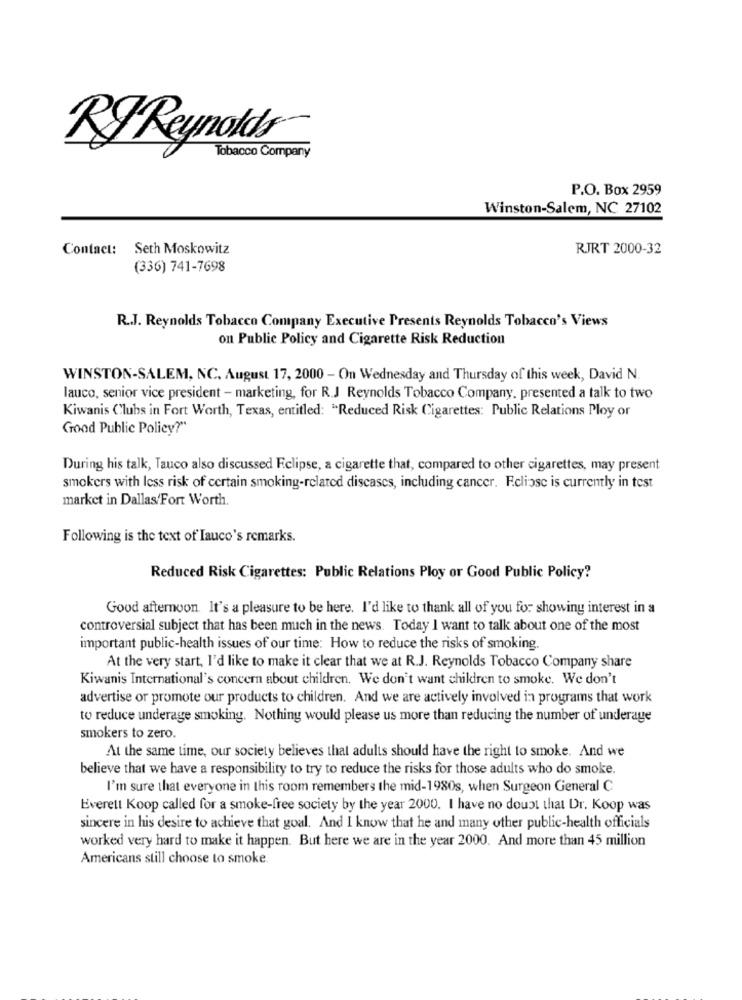
RJReynolds
Tobacco Company
P.O. Box 2959
Winston-Salem, NC 27102
Contact: Seth Moskowitz
RJRT 2000-32
(336) 741-7698
R.J. Reynolds Tobacco Company Executive Presents Reynolds Tobacco's Views
on Public Policy and Cigarette Risk Reduction
WINSTON-SALEM, NC. August 17, 2000 - On Wednesday and Thursday of this week, David N.
lauco, senior vice president - marketing, for R.J Reynolds Tobacco Company, presented a talk to two
Kiwanis Clubs in Fort Worth, Texas, entitled: "Reduced Risk Cigarettes: Public Relations Ploy or
Good Public Policy?"
During his talk, Tauco also discussed Eclipse, a cigarette that, compared to other cigarettes, may present
smokers with less risk of certain smoking-related diseases, including cancer. F.cliose is currently in test
market in Dallas/Fort Worth.
Following is the text of Iauco's remarks.
Reduced Risk Cigarettes: Public Relations Ploy or Good Public Policy?
Good afternoon. It's a pleasure to be here. I'd like to thank all of you for showing interest in a
controversial subject that has been much in the news. Today I want to talk about one of the most
important public-health issues of our time: How to reduce the risks of smoking.
At the very start, I'd like to make it clear that we at R.J. Reynolds Tobacco Company share
Kiwanis International's concern about children. We don't want children to smoke. We don't
advertise or promote our products to children. And we are actively involved in programs that work
to reduce underage smoking. Nothing would please us more than reducing the number of underage
smokers to zero.
At the same time, our society believes that adults should have the right to smoke. And we
believe that we have a responsibility to try to reduce the risks for those adults who do smoke.
I'm sure that everyone in this room remembers the mid-1980s, when Surgeon General C
Everett Koop called for a smoke-free society by the year 2000. I have no doubt that Dr. Koop was
sincere in his desire to achieve that goal. And I know that he and many other public-health officials
worked very hard to make it happen. But here we are in the year 2000. And more than 45 million
Americans still choose to smoke.